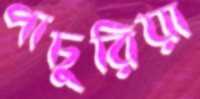
পাচুরিয়া